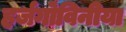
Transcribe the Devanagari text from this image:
हर्जगोविनीया